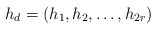
\begin{align*} h_d=(h_1, h_2,\ldots,h_{2r})\end{align*}